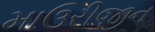
માઉરીજીન